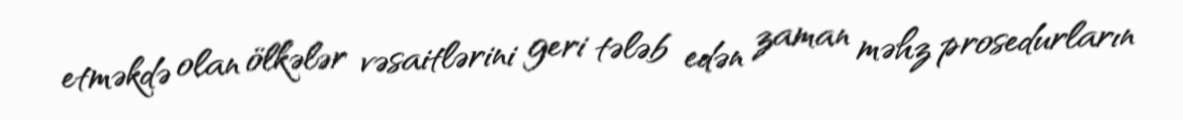
etməkdə olan ölkələr vəsaitlərini geri tələb edən zaman məhz prosedurların